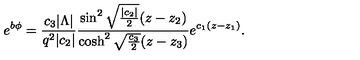
e ^ { b \phi } = { \frac { c _ { 3 } | \Lambda | } { q ^ { 2 } | c _ { 2 } | } } { \frac { \sin ^ { 2 } \sqrt { { \frac { | c _ { 2 } | } { 2 } } } ( z - z _ { 2 } ) } { \cosh ^ { 2 } \sqrt { \frac { c _ { 3 } } { 2 } } ( z - z _ { 3 } ) } } e ^ { c _ { 1 } ( z - z _ { 1 } ) } .